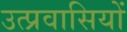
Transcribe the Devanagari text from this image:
उत्प्रवासियों